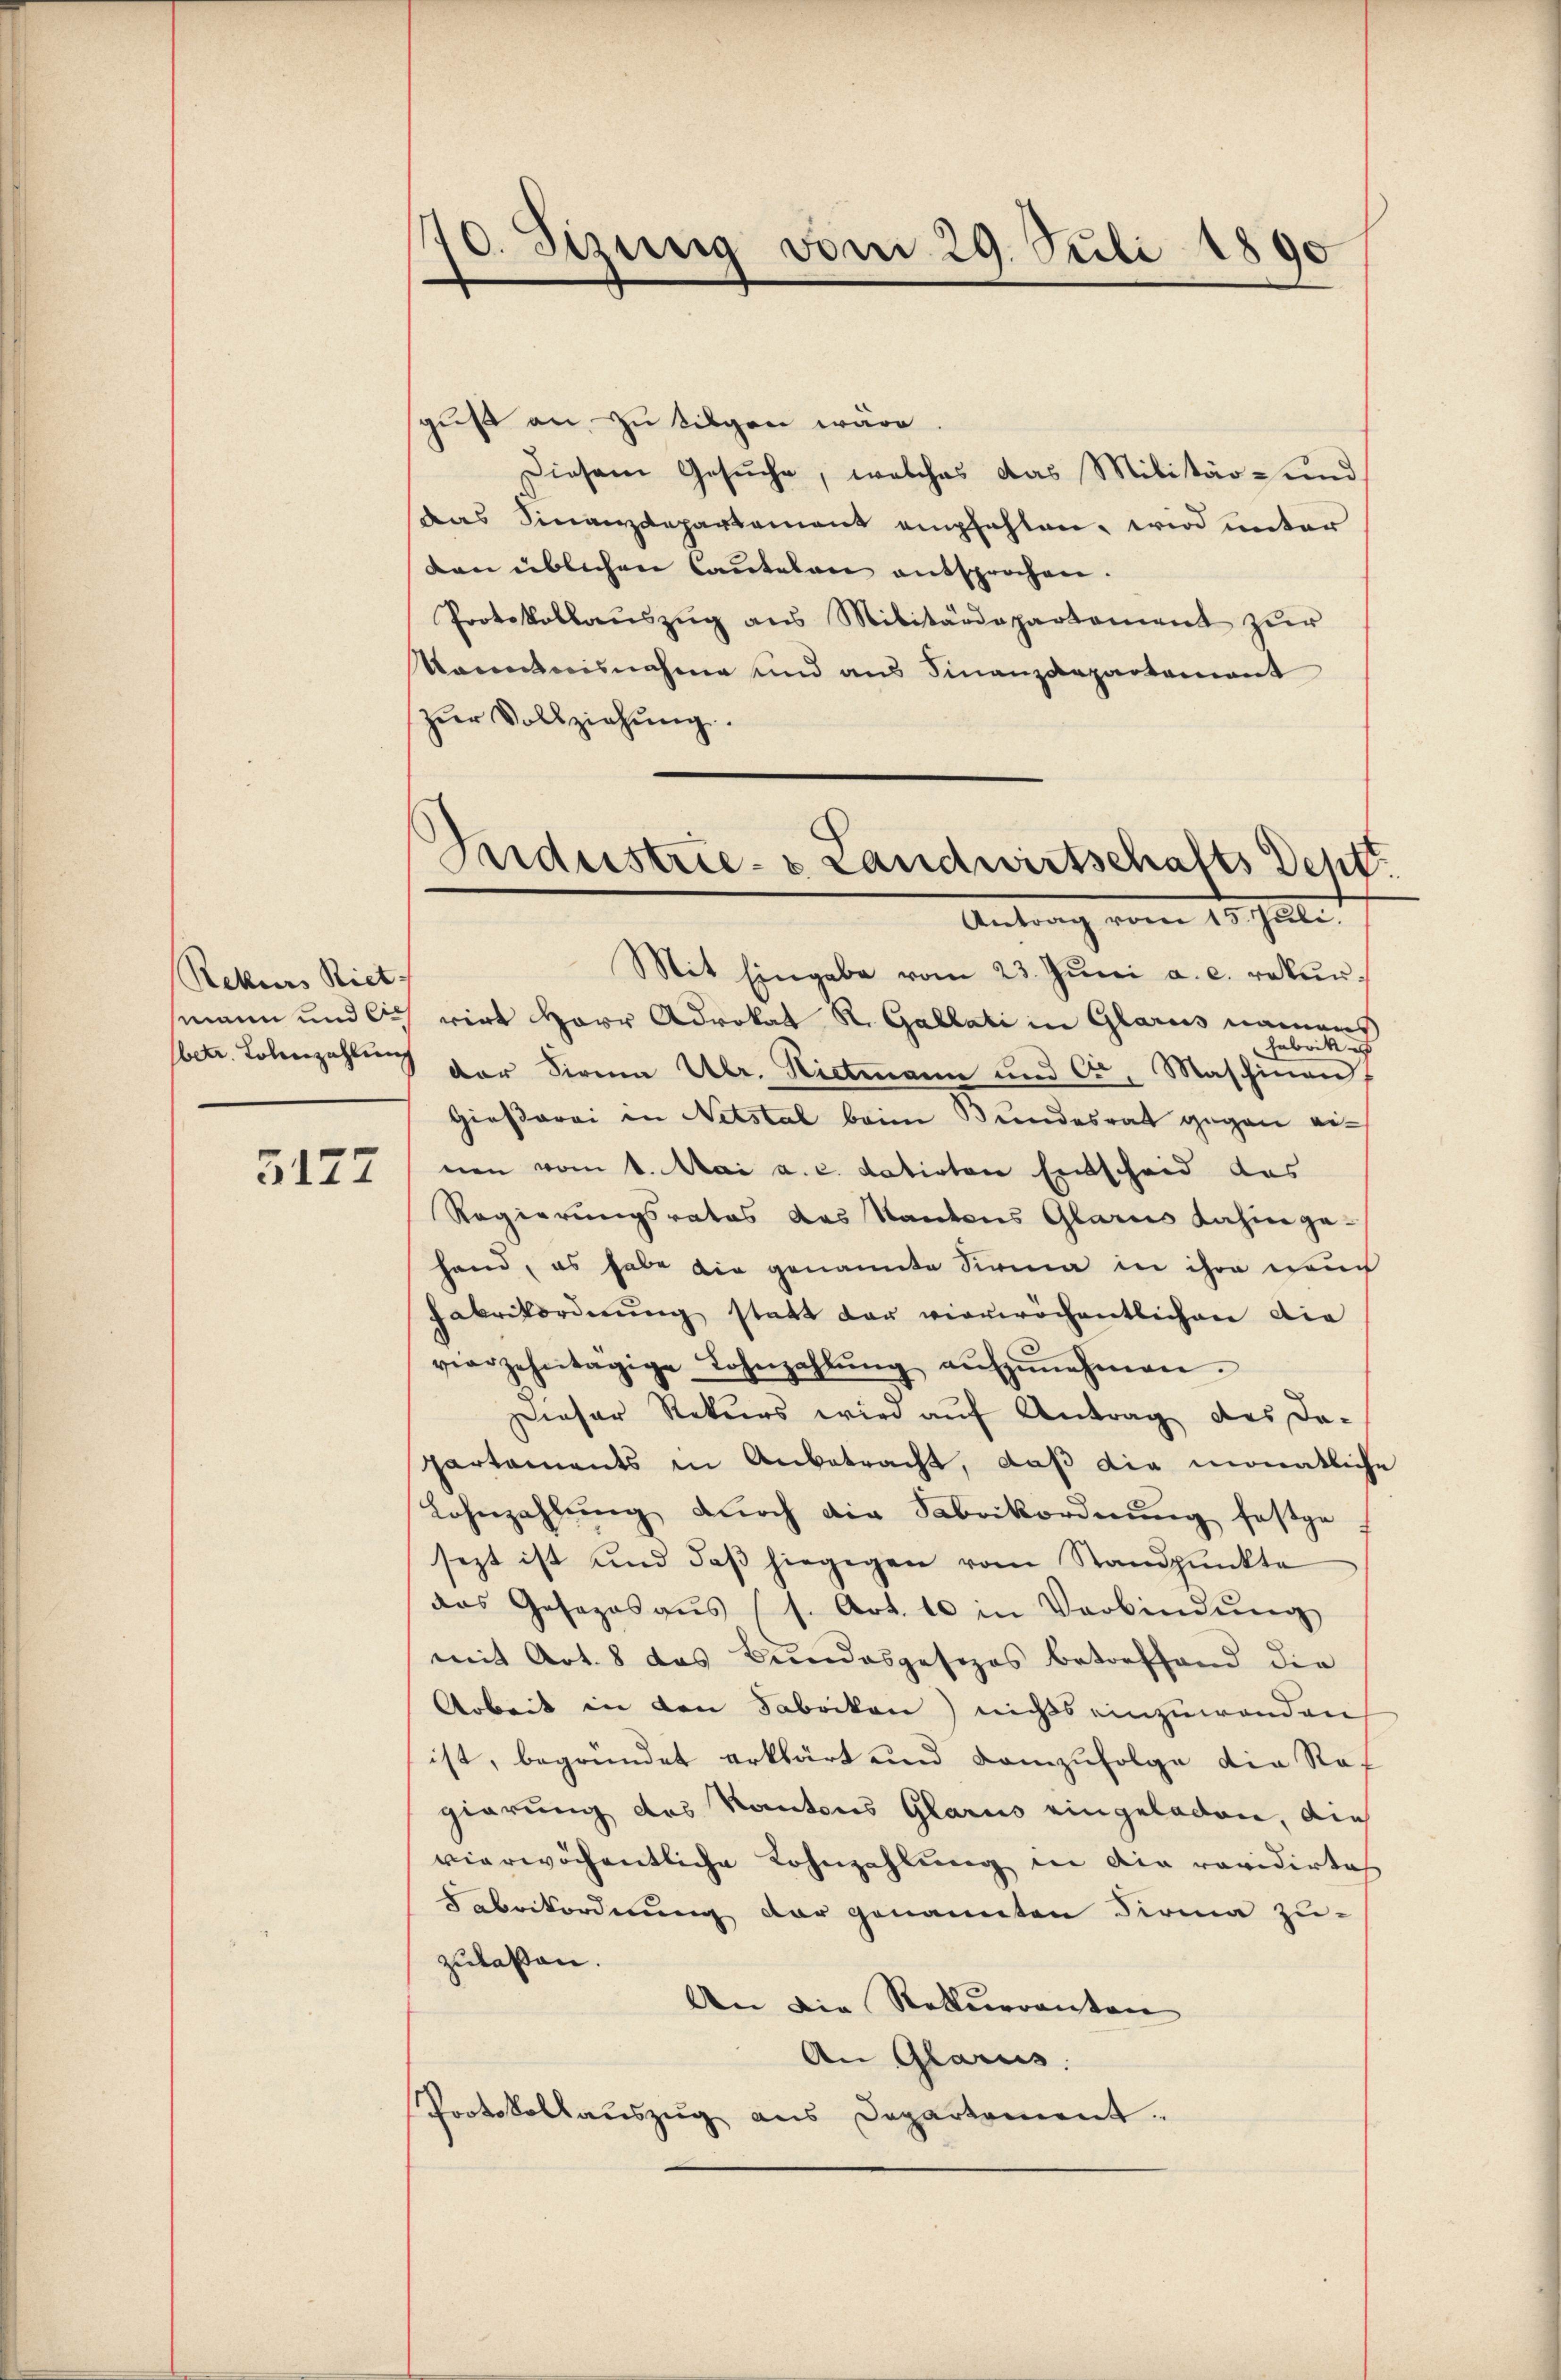
Rekurs Riet

3127

170. Sizung vom 29. Juli 1890

guß an, zu tilgen wäre.
Diesem Gesuche, welches das Militär- und
Das Finanzdepartement empfehlen, wird unter
den üblichen Cautelen entsprochen.
Protokollaŭszŭg ans Militärdepartement zŭr
kanntnisnahme und aus Finanzdepartamant
zŭr Vollziehŭng.
Mit Eingabe vom 23. Juni a. c. rekurmann und sich wirt Herr Advokat R. Gallati in Glarus namens
Fabrik e
ben. Lobezahlung der Firma Ulr. Rittmann und Cr, Maschinan
Giesarei in Netstal beim Bundesrat gegen einen vom 1. Mai a. c. datirten Entscheid das
Regierungsrates das Kantons Glarus dahin gehand, es habe die genannte Sirna in ihre nach
Fabrikorderŭng statt der vierwöchentlichen die
vierzehntägige Lohnzahlŭng aŭfzŭnehmen.
Dieser Rekurs wird auf Antrag des De-
partaments in Anbetracht, daß die monatliche
Lohezahlŭng dŭrch die Fabrikordnŭng festge
sezt ist und daß hiegegen vom Standpunkte
das Gesages aŭs (s. Art. 10 in Verbindŭng
mit Art. 8 das Bundesgesezes betreffend die
Arbeit in den Fabrikon) nichts einzuwenden
ist, begründet erklärt und demzufolge die Ragierung des Kantons Glarus eingeladen, die
vierwöchentliche Lohnzahlung in die revidirtech
Fabrikordnung der genannten Firma zuzulassen.
An die Rekurrenten
An Glarus.
Protokollaŭszŭg ans Departement.

Industrie- & Landwirtschafts Deht.
Antrag vom 15. Julii